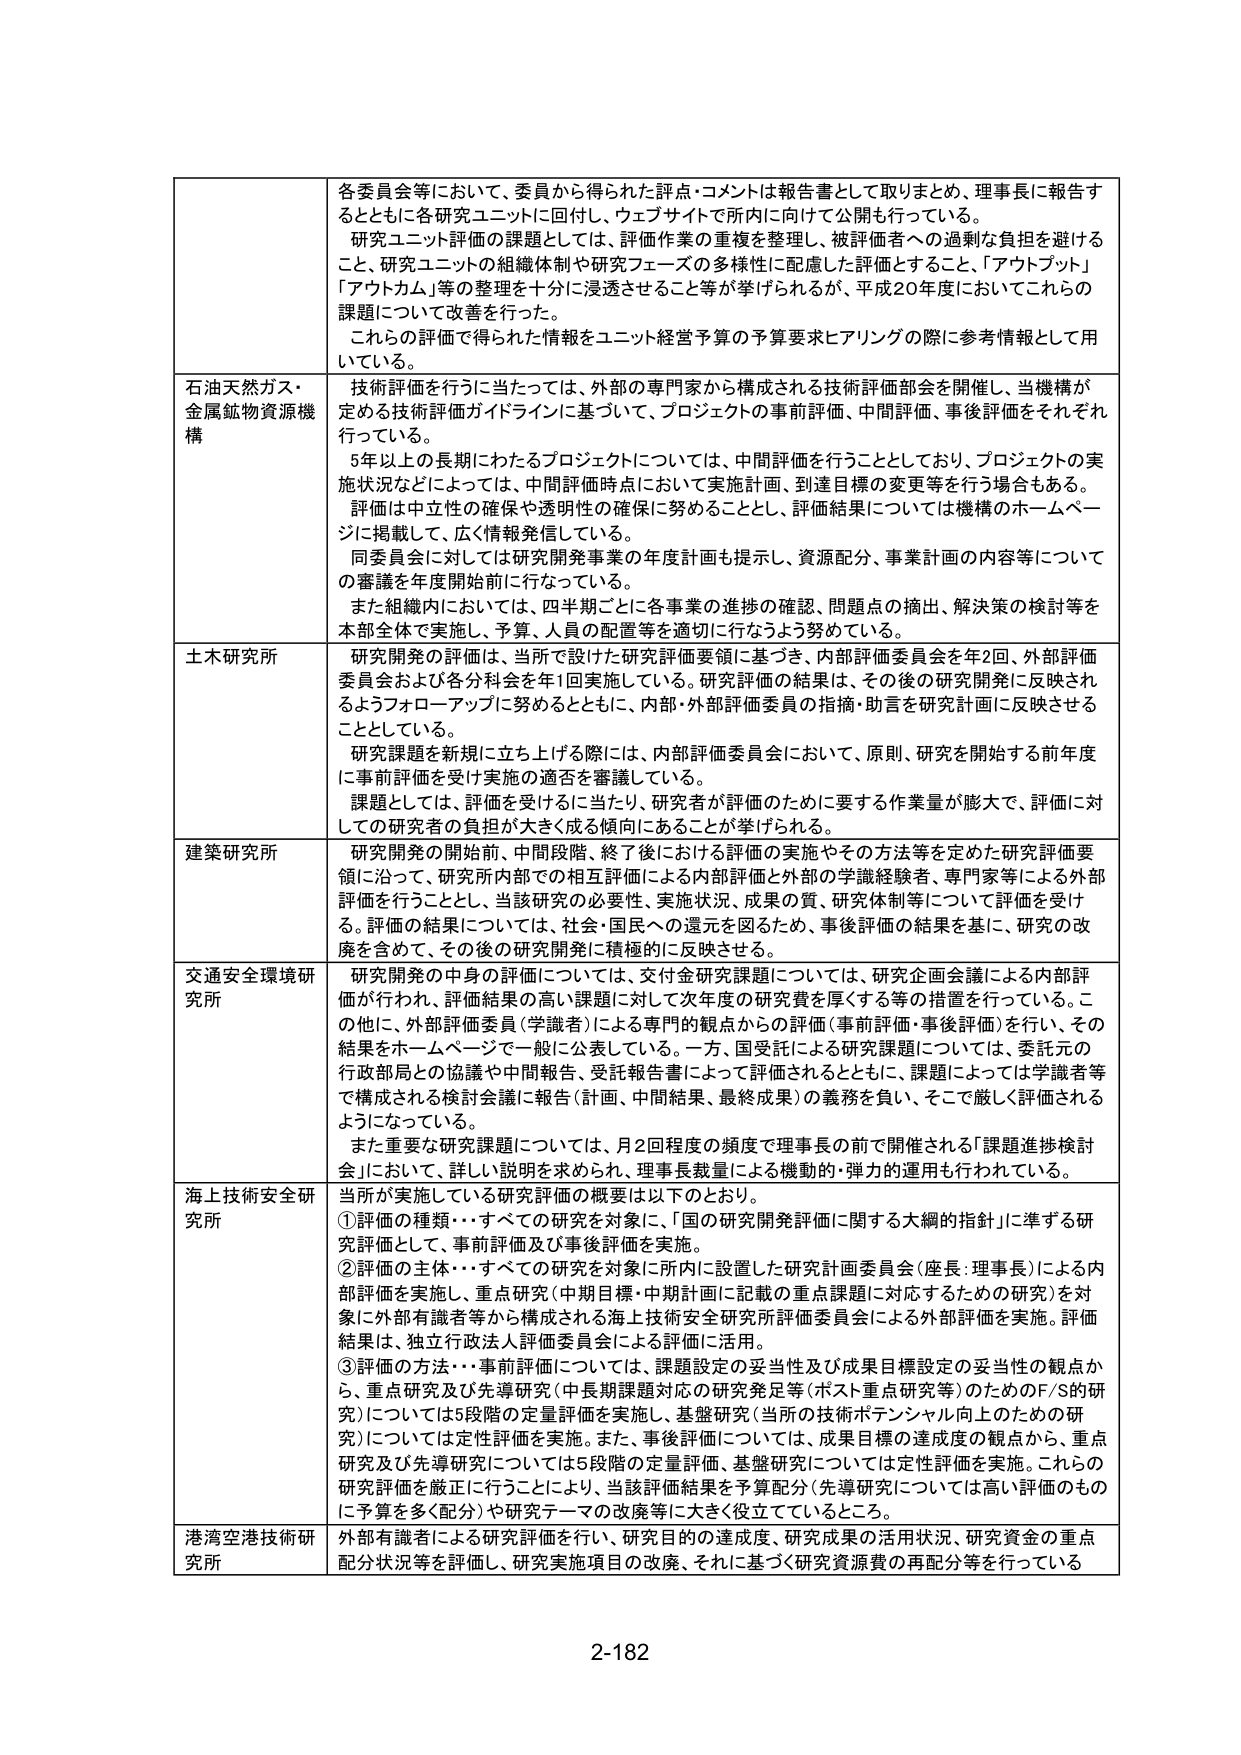
各委員会等において、委員から得られた評点・コメントは報告書として取りまとめ、理事長に報告するとともに各研究ユニットに回付し、ウェブサイトで所内に向けて公開も行っている。
研究ユニット評価の課題としては、評価作業の重複を整理し、被評価者への過剰な負担を避けること、研究ユニットの組織体制や研究フェーズの多様性に配慮した評価とすること、「アウトプット」「アウトカム」等の整理を十分に浸透させること等が挙げられるが、平成20年度においてこれらの課題について改善を行った。
これらの評価で得られた情報をユニット経営予算の予算要求ヒアリングの際に参考情報として用いている。

石油天然ガス・金属鉱物資源機構
技術評価を行うに当たっては、外部の専門家から構成される技術評価部会を開催し、当機構が定める技術評価ガイドラインに基づいて、プロジェクトの事前評価、中間評価、事後評価をそれぞれ行っている。
5年以上の長期にわたるプロジェクトについては、中間評価を行うこととしており、プロジェクトの実施状況などによっては、中間評価時点において実施計画、到達目標の変更等を行う場合もある。評価は中立性の確保や透明性の確保に努めることとし、評価結果については機構のホームページに掲載して、広く情報発信している。
同委員会に対しては研究開発事業の年度計画も提示し、資源配分、事業計画の内容等についての審議を年度開始前に行なっている。
また組織内においては、四半期ごとに各事業の進捗の確認、問題点の摘出、解決策の検討等を本部全体で実施し、予算、人員の配置等を適切に行なうよう努めている。

土木研究所
研究開発の評価は、当所で設けた研究評価要領に基づき、内部評価委員会を年2回、外部評価委員会および各分科会を年1回実施している。研究評価の結果は、その後の研究開発に反映されるようフォローアップに努めるとともに、内部・外部評価委員の指摘・助言を研究計画に反映させることがある。
研究課題を新規に立ち上げる際には、内部評価委員会において、原則、研究を開始する前年度に事前評価を受け実施の適否を審議している。
課題としては、評価を受けるに当たり、研究者が評価のために要する作業量が膨大で、評価に対しての研究者の負担が大きく成る傾向にあることが挙げられる。

建築研究所
研究開発の開始前、中間段階、終了後における評価の実施やその方法等を定めた研究評価要領に沿って、研究所内部での相互評価による内部評価と外部の学識経験者、専門家等による外部評価を行うこととし、当該研究の必要性、実施状況、成果の質、研究体制等について評価を受ける。評価の結果については、社会・国民への還元を図るため、事後評価の結果を基に、研究の改廃を含めて、その後の研究開発に積極的に反映させる。

交通安全環境研究所
研究開発の中身の評価については、交付金研究課題については、研究企画会議による内部評価が行われ、評価結果の高い課題に対して次年度の研究費を厚くする等の措置を行っている。この他に、外部評価委員（学識者）による専門的観点からの評価（事前評価・事後評価）を行い、その結果をホームページで一般に公表している。一方、国受託による研究課題については、委託元の行政部局との協議や中間報告、受託報告書によって評価されるとともに、課題によっては学識者等で構成される検討会議に報告（計画、中間結果、最終成果）の義務を負い、そこで厳しく評価されるようになっている。
また重要な研究課題については、月2回程度の頻度で理事長の前で開催される「課題進捗検討会」において、詳しい説明を求められ、理事長裁量による機動的・弾力的運用も行われている。

海上技術安全研究所
当所が実施している研究評価の概要は以下のとおり。
①評価の種類…すべての研究を対象に、「国の研究開発評価に関する大綱的指針」に準ずる研究評価として、事前評価及び事後評価を実施。
②評価の主体…すべての研究を対象に所内に設置した研究計画委員会（座長：理事長）による内部評価を実施し、重点研究（中期目標・中期計画に記載の重点課題に対応するための研究）を対象に外部有識者等から構成される海上技術安全研究所評価委員会による外部評価を実施。評価結果は、独立行政法人評価委員会による評価に活用。
③評価の方法…事前評価については、課題設定の妥当性及び成果目標設定の妥当性の観点から、重点研究及び先導研究（中長期課題対応の研究発足等（ポスト重点研究等）のためのF/S的研究）については5段階の定量評価を実施し、基盤研究（当所の技術ポテンシャル向上のための研究）については定性評価を実施。また、事後評価については、成果目標の達成度の観点から、重点研究及び先導研究については5段階の定量評価、基盤研究については定性評価を実施。これらの研究評価を厳正に行うことにより、当該評価結果を予算配分（先導研究については高い評価のものに予算を多く配分）や研究テーマの改廃等に大きく役立てているところ。

港湾空港技術研究所
外部有識者による研究評価を行い、研究目的の達成度、研究成果の活用状況、研究資金の重点配分状況等を評価し、研究実施項目の改廃、それに基づく研究資源費の再配分等を行っている

2-182